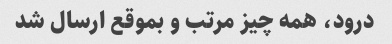
درود، همه چیز مرتب و بموقع ارسال شد